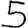
Digit: 5